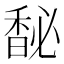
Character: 馝